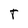
Character: T